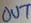
Text: OUT